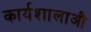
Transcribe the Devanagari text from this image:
कार्यशालाऔ